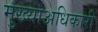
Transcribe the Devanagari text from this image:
मुख्याअधिकारी